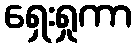
ရှေးရှုကာ